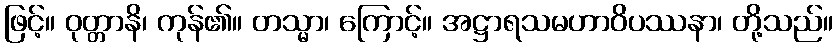
ဖြင့်။ ဝုတ္တာနိ၊ ကုန်၏။ တသ္မာ၊ ကြောင့်။ အဋ္ဌာရသမဟာဝိပဿနာ၊ တို့သည်။